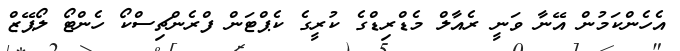
އެހެންކަމުން އޭނާ ވަނީ ރެއާލް މެޑްރިޑްގެ ކުރީގެ ކެޕްޓަން ފްރެންޗިސްކޯ ހެންޓޯ ލޯޕޭޒް